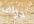
حواف